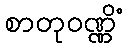
စာတုဝဏ္ဏိံ